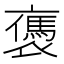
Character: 𧝥